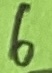
Text: 6